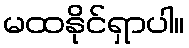
မထနိုင်ရှာပါ။